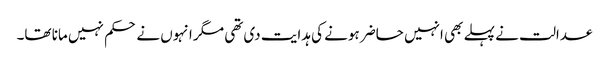
عدالت نے پہلے بھی انہیں حاضر ہونے کی ہدایت دی تھی مگر انہوں نے حکم نہیں مانا تھا۔